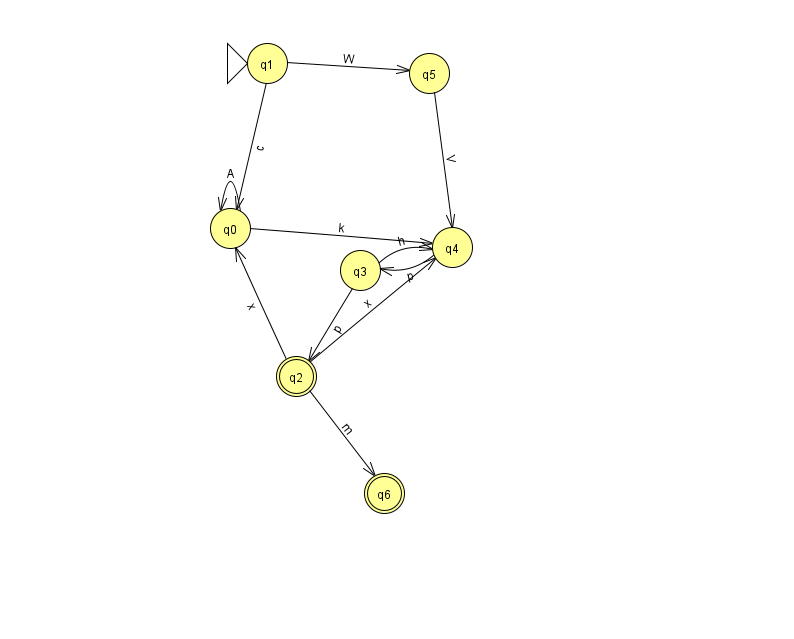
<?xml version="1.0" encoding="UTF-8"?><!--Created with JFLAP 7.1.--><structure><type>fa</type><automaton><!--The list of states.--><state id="0" name="q0"><x>230.0</x><y>215.0</y></state><state id="1" name="q1"><x>267.0</x><y>50.0</y><initial/></state><state id="2" name="q2"><x>296.0</x><y>363.0</y><final/></state><state id="3" name="q3"><x>360.0</x><y>257.0</y></state><state id="4" name="q4"><x>452.0</x><y>234.0</y></state><state id="5" name="q5"><x>429.0</x><y>60.0</y></state><state id="6" name="q6"><x>384.0</x><y>480.0</y><final/></state><!--The list of transitions.--><transition><from>1</from><to>5</to><read>W</read></transition><transition><from>0</from><to>0</to><read>A</read></transition><transition><from>2</from><to>0</to><read>x</read></transition><transition><from>3</from><to>4</to><read>h</read></transition><transition><from>0</from><to>4</to><read>k</read></transition><transition><from>2</from><to>6</to><read>m</read></transition><transition><from>5</from><to>4</to><read>V</read></transition><transition><from>1</from><to>0</to><read>c</read></transition><transition><from>4</from><to>3</to><read>p</read></transition><transition><from>2</from><to>4</to><read>x</read></transition><transition><from>3</from><to>2</to><read>p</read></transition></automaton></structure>